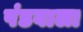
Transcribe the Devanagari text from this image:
पंडवाला